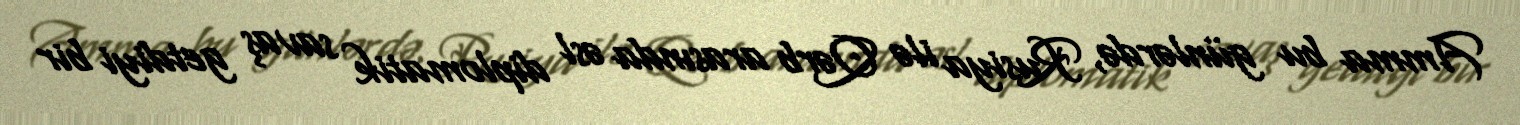
Amma bu günlərdə, Rusiya ilə Qərb arasında əsl diplomatik savaş getdiyi bir